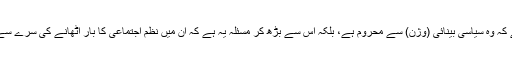
مسئلہ صرف یہ نہیں ہے کہ وہ سیاسی بینائی (وژن) سے محروم ہے، بلکہ اس سے بڑھ کر مسئلہ یہ ہے کہ اُن میں نظمِ اجتماعی کا بار اُٹھانے کی سرے سے صلاحیت ہی نہیں ہے۔